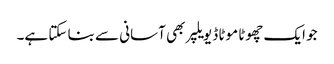
جو ایک چھوٹا موٹا ڈیویلپر بھی آسانی سے بنا سکتا ہے۔